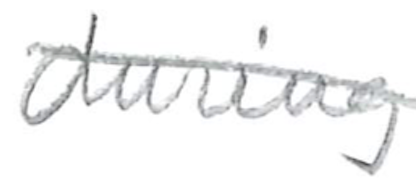
Text: during
Cross-out: diagonal
Writing tool: pencil